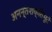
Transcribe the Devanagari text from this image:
अनन्तशक्तिभूते